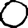
Digit: 0